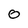
Character: 0